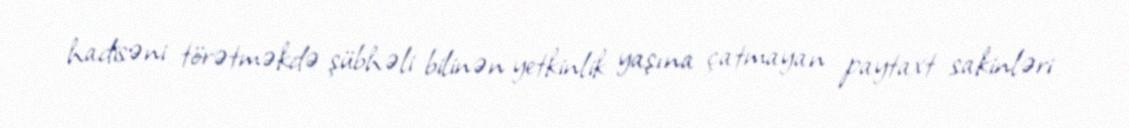
hadisəni törətməkdə şübhəli bilinən yetkinlik yaşına çatmayan paytaxt sakinləri